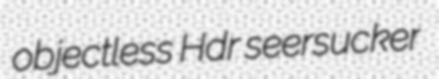
objectless Hdr seersucker